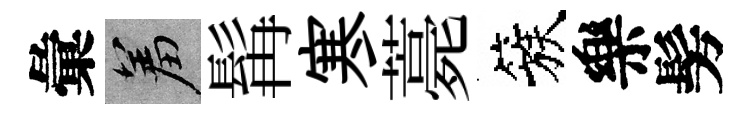
彙羞髯寒薧簇樂髣